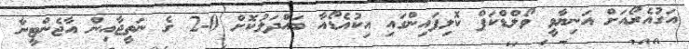
އަގުއެރޯއަށް އަނިޔާވީ ވޯލްޑްކަޕް ކޮލިފައިންގައި އިކުއެޑޯއާ ބައްދަލުކޮށް 0-2 ގެ ނަތީޖާއިން އާޖެންޓީނާ